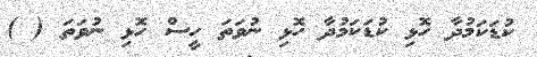
ކުޑަކަމުދާ ހޮޅި ކުޑަކަމުދާ ހޮޅި ނުވަތަ ހީސް ހޮޅި ނުވަތަ ( )